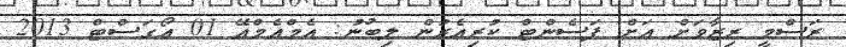
ރަސްމީ ރިޒާވަށް އަށް ޕަސެންޓް ކުރިއެރުން ލިބުނު: އެމްއެމްއޭ 01 އޯގަސްޓް 2013